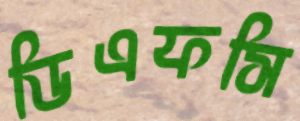
ডিএফসি